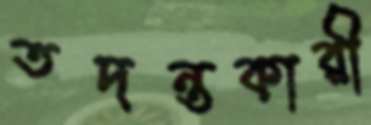
তদন্তকারী